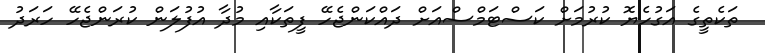
ތަކެތީގެ އަގުހެޔޮ ކުރުމަށް ކަސްޓަމްސްއަށް ދައްކަންޖެހޭ ފީތަކާއި މުދާ އުފުލަން ކުރަންޖެހޭ ހަރަދު